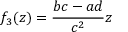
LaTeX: f _ { 3 } ( z ) = { \frac { b c - a d } { c ^ { 2 } } } z \quad